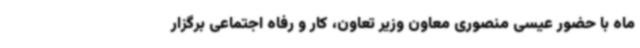
ماه با حضور عیسی منصوری معاون وزیر تعاون، کار و رفاه اجتماعی برگزار